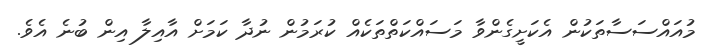
މުއައްސަސާތަކުން އެކަށީގެންވާ މަސައްކަތްތަކެއް ކުރަމުން ނުދާ ކަމަށް އާއިލާ އިން ބުނެ އެވެ.